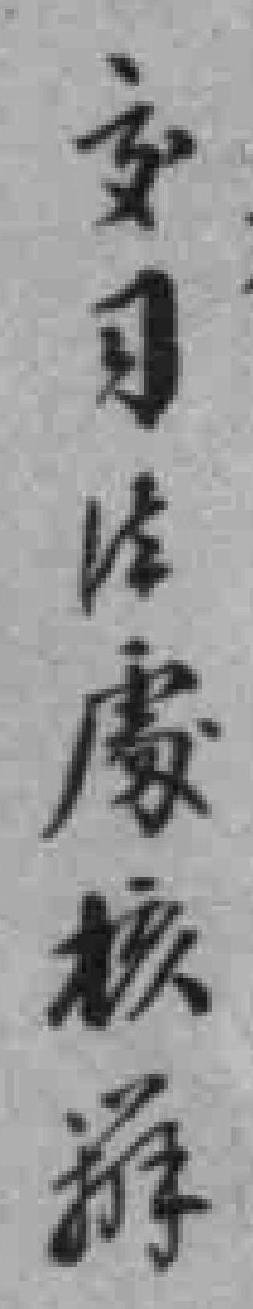
交司法處核*